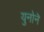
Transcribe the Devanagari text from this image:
युनोनॆ